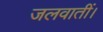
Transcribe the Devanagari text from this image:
जलवातीं।